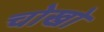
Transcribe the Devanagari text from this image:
चोखो